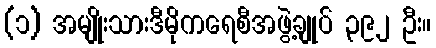
(၁) အမျိုးသားဒီမိုကရေစီအဖွဲ့ချုပ် ၃၉၂ ဦး။